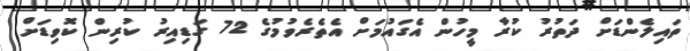
ތައިލެންޑަށް ދަތުރު ކުރާ މީހުން އެގައުމަށް އެތެރެވުމުގެ 72 ގަޑިއިރު ކުރިން ކޮވިޑަށް